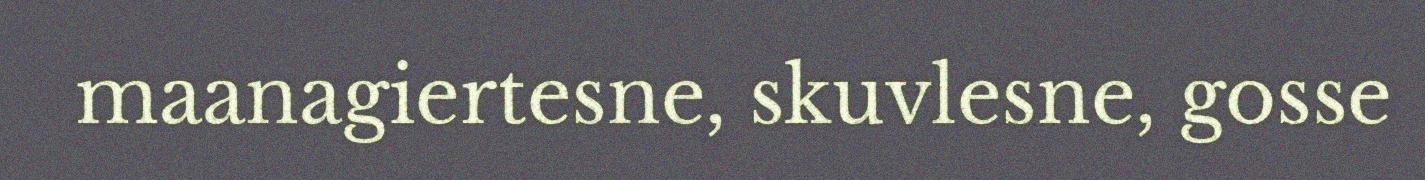
maanagiertesne, skuvlesne, gosse